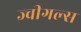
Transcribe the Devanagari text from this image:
ज्वीगल्स